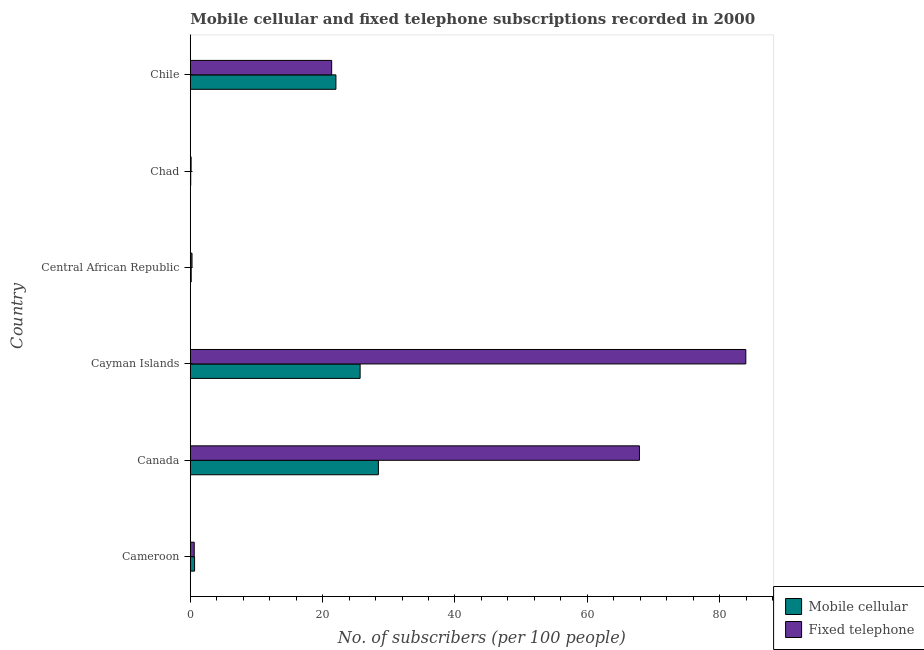
| Country | Mobile cellular | Fixed telephone |
 | --- | --- | --- |
 | Cameroon | 0.648 | 0.596 |
 | Canada | 28.4 | 67.9 |
 | Cayman Islands | 25.7 | 84 |
 | Central African Republic | 0.137 | 0.26 |
 | Chad | 0.0663 | 0.124 |
 | Chile | 22 | 21.4 |